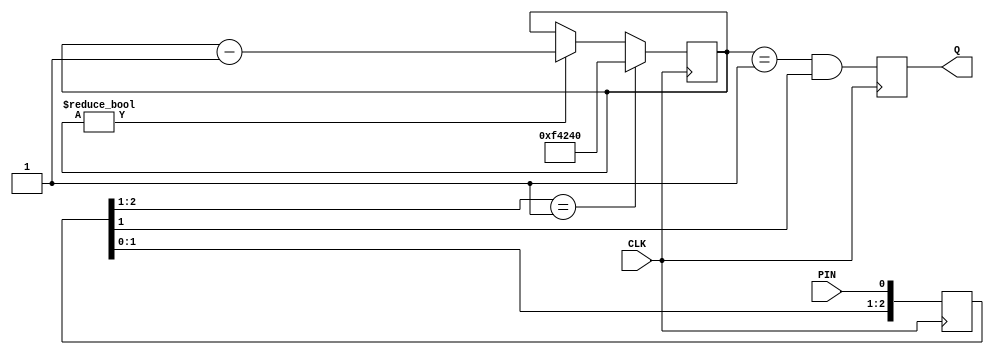
`timescale 1ns / 1ps
`define SYSCLOCK_FREQ 125000000

//======================================================================================================================
//                                        ------->  Revision History  <------
//======================================================================================================================
//
//   Date     Who   Ver  Changes
//======================================================================================================================
// 10-May-22  DWW  1000  Initial creation
//======================================================================================================================


//======================================================================================================================
// button - Detects the high-going or low-going edge of a pin 
//
// Input:  CLK = system clock
//         PIN = the pin to look for an edge on
//
// Output:  Q = 1 if an active-going edge is detected, otherwise 0
//
// Notes: edge detection is fully debounced.  Q only goes high if a specified pin is still active
//        10ms after the active-going edge was initially detected 
//======================================================================================================================
module button#
(
    parameter ACTIVE_STATE    = 1,
    parameter CLOCKS_PER_USEC = 100,
    parameter DEBOUNCE_MSEC   = 10
) 
(
    input CLK, input PIN, output Q
);
    
    localparam DEBOUNCE_PERIOD = CLOCKS_PER_USEC * DEBOUNCE_MSEC * 1000;
    
    // Determine how many bits wide "DEBOUNCE_PERIOD"
    localparam COUNTER_WIDTH = $clog2(DEBOUNCE_PERIOD);

    // If ACTIVE=1, an active edge is low-to-high.  If ACTIVE_STATE=0, an active edge is high-to-low
    localparam ACTIVE_EDGE = ACTIVE_STATE ? 2'b01 : 2'b10;
    
    // All three bits of button_sync start out in the "inactive" state
    (* ASYNC_REG = "TRUE" *) reg [2:0] button_sync = ACTIVE_STATE ? 3'b000 : 3'b111;
    
    // This count will clock down as a debounce timer
    reg [COUNTER_WIDTH-1 : 0] debounce_clock = 0;
    
    // This will be 1 on any clock cycle that a fully debounced active-going edge is detected
    reg edge_detected = 0;    
    
    // We're going to check for edges on every clock cycle
    always @(posedge CLK) begin

        // Bit 2 is the oldest reliable state
        // Bit 1 is the newest reliable state
        // Bit 0 should be considered metastable        
        button_sync[2] <= button_sync[1];
        button_sync[1] <= button_sync[0];
        button_sync[0] <= PIN;
              
        // If the debounce clock is about to expire, find out of the user-specfied pin is still active
        edge_detected <= (debounce_clock == 1) && (button_sync[1] == ACTIVE_STATE);

        // If the debounce clock is still counting down, decrement it
        if (debounce_clock) debounce_clock <= debounce_clock - 1;
        
        // If the pin is high and was previously low, start the debounce clock
        if (button_sync[2:1] == ACTIVE_EDGE) debounce_clock <= DEBOUNCE_PERIOD;
    end
    
    // The output wire always reflects the state of the 'edge_detected' register
    assign Q = edge_detected;
    
endmodule
//======================================================================================================================